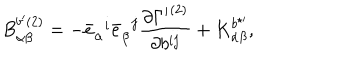
{ B } _ { \alpha \beta } ^ { b ^ { \prime } ( 2 ) } = - { \bar { e } } _ { \alpha } ^ { \; \; i } { \bar { e } } _ { \beta } ^ { \; \; j } \frac { \partial { \Gamma ^ { \prime } } ^ { ( 2 ) } } { \partial b ^ { i j } } + { K } _ { \alpha \beta } ^ { b ^ { \star \prime } } ,